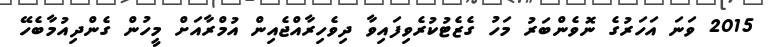
2015 ވަނަ އަހަރުގެ ނޮވެންބަރު މަހު ގެޒެޓުކުރެވިފައިވާ ދިވެހިރާއްޖެއިން އުމްރާއަށް މީހުން ގެންދިއުމާބެހޭ